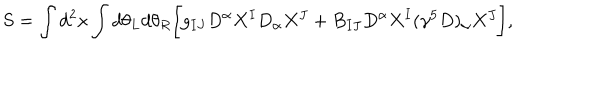
LaTeX: S = \int d ^ { 2 } x \int d \theta _ { L } d \theta _ { R } \biggl [ g _ { I J } D ^ { \alpha } X ^ { I } D _ { \alpha } X ^ { J } + B _ { I J } D ^ { \alpha } X ^ { I } ( \gamma ^ { 5 } D ) _ { \alpha } X ^ { J } \biggr ] ,